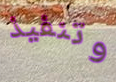
وتنفيذ